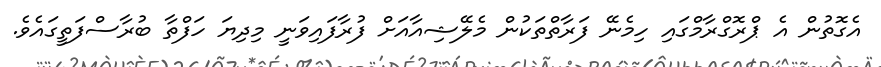
އެގޮތުން އެ ޕްރޮގްރާމްގައި ހިމެނޭ ފަރާތްތަކުން މެލޭޝިއާއަށް ފުރާފައިވަނީ މިދިޔަ ހަފްތާ ބުރާސްފަތީގައެވެ.